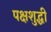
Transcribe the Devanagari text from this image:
पक्षशुद्धी